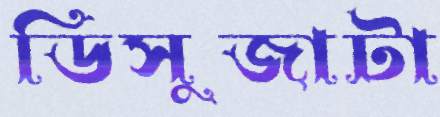
ডিসুজাটা